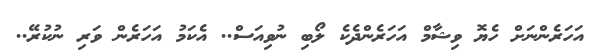
އަހަރެންނަށް ހެޔޮ ވިޝާމް އަހަރެންދެކެ ލޯބި ނުވިއަސް.. އެކަމު އަހަރެން ވަރި ނުކުރޭ..